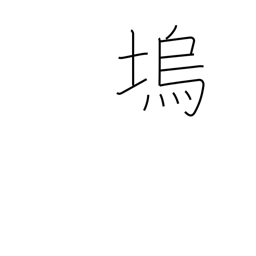
Meaning: fortress embankment